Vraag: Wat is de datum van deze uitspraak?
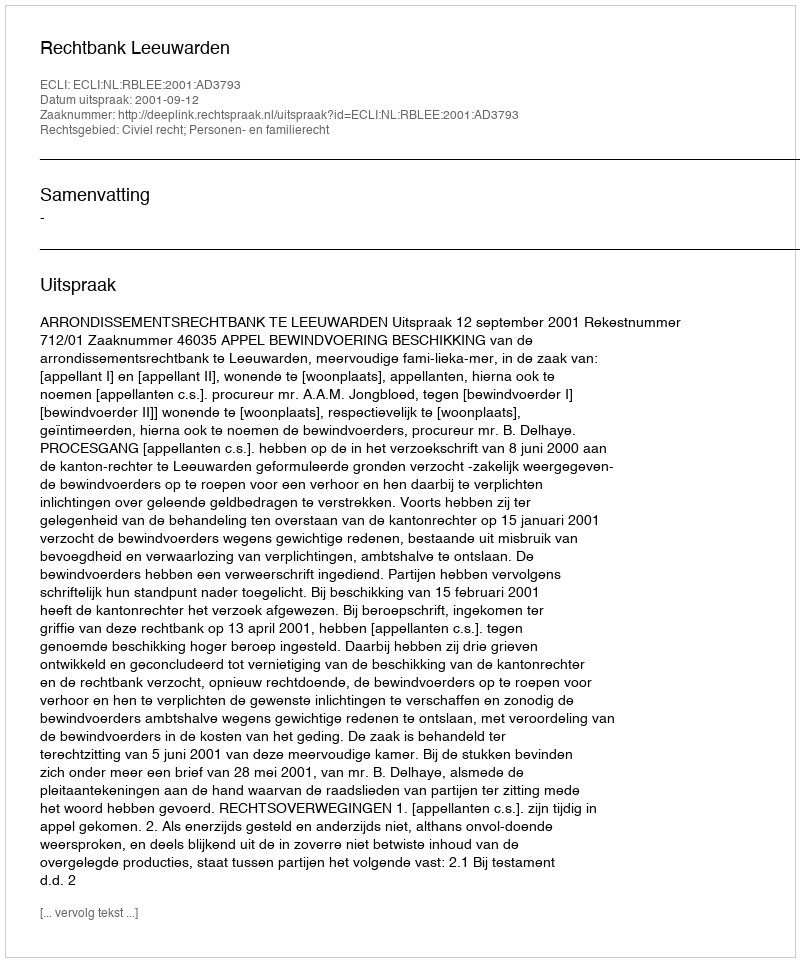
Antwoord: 2001-09-12